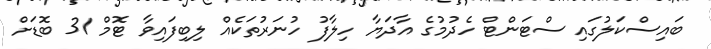
ބައިސްކަލުގައި ސްޓަންޓް ހެދުމުގެ އާދަޔާ ހިލާފު ހުނަރުތަކެއް ލިބިފައިވާ ޓޮމް 31 ބޮޑަށް